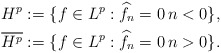
\begin{align*} \begin{aligned} H^p:=\{ f\in L^p: \widehat{f}_n=0 \, n <0\}, \\ \overline{H^p}:=\{ f\in L^p: \widehat{f}_n=0 \, n >0\}.\end{aligned}\end{align*}